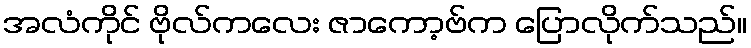
အလံကိုင် ဗိုလ်ကလေး ဇာကော့ဗ်က ပြောလိုက်သည်။